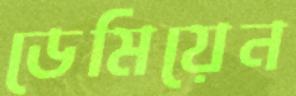
ডেমিয়েন